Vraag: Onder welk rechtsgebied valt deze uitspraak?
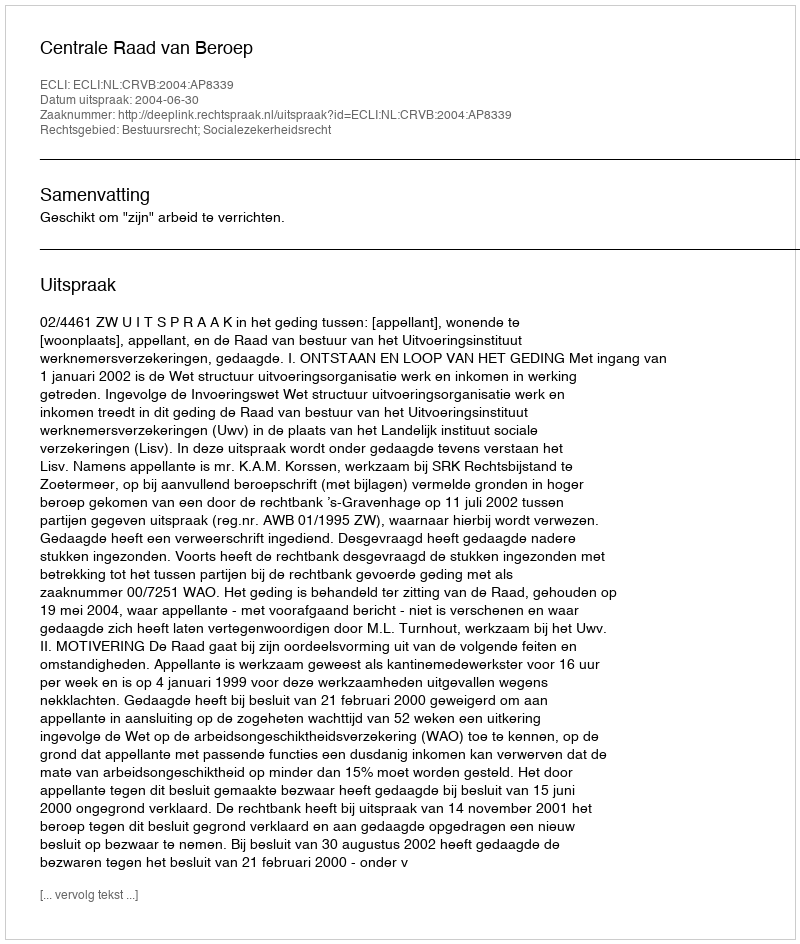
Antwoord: Bestuursrecht; Socialezekerheidsrecht